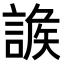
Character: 𧩩